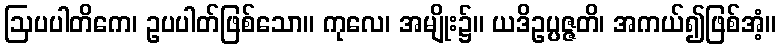
ဩပပါတိကေ၊ ဥပပါတ်ဖြစ်သော။ ကုလေ၊ အမျိုး၌။ ယဒိဥပ္ပဇ္ဇတိ၊ အကယ်၍ဖြစ်အံ့။